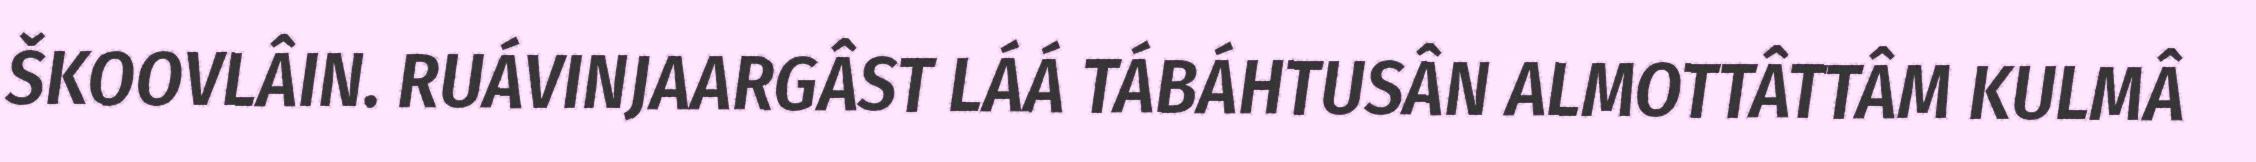
ŠKOOVLÂIN. RUÁVINJAARGÂST LÁÁ TÁBÁHTUSÂN ALMOTTÂTTÂM KULMÂ